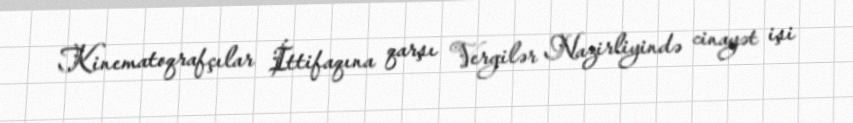
Kinematoqrafçılar İttifaqına qarşı Vergilər Nazirliyində cinayət işi